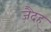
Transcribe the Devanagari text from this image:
ज़ैदह्